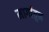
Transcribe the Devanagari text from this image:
मार्गातुन